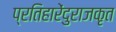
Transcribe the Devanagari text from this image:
प्रतिहारेंदुराजकृत